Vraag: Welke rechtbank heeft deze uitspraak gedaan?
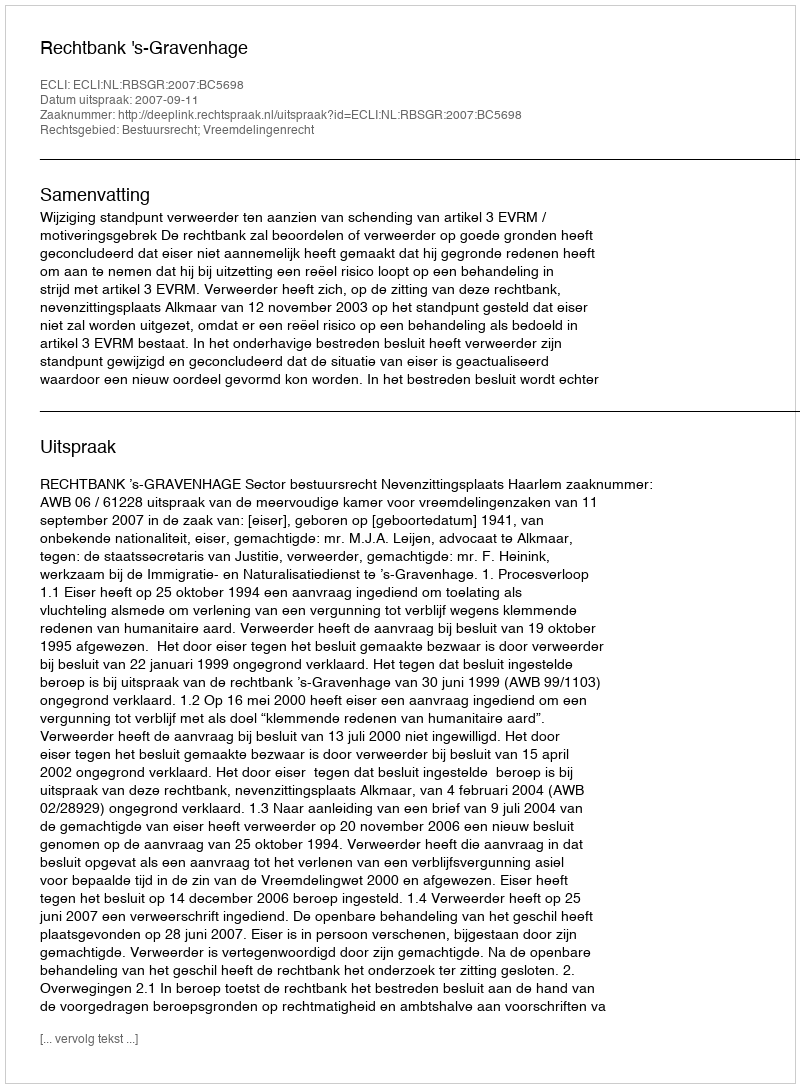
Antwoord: Rechtbank 's-Gravenhage